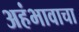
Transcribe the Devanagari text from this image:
अहंभावाचा